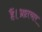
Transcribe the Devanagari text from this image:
हैं।भ्रष्टाचार